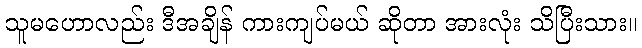
သူမဟောလည်း ဒီအချိန် ကားကျပ်မယ် ဆိုတာ အားလုံး သိပြီးသား။